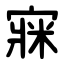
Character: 㝥